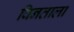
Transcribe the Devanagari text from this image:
विनताला